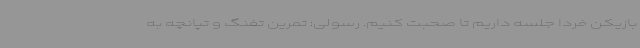
بازیکن فردا جلسه داریم تا صحبت کنیم. رسولی: تمرین تفنگ و تپانچه به